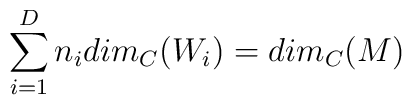
\sum_{i=1}^{D}n_i dim_{C}(W_i) = dim_{C}(M)